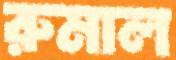
রুমাল